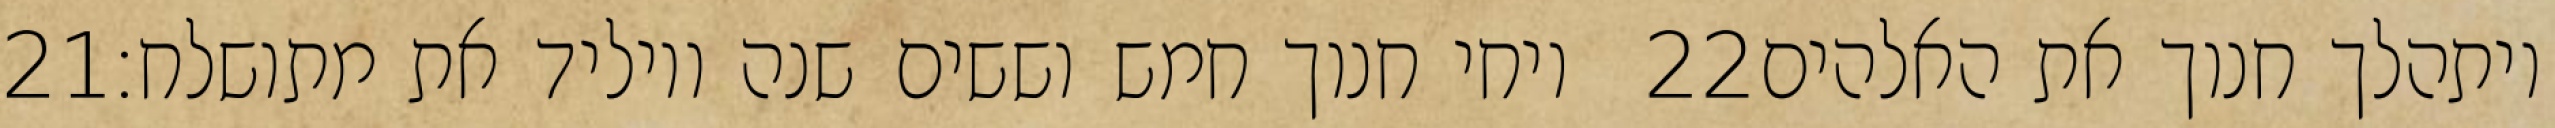
‎21‏ ויחי חנוך חמש וששים שנה ויוליד את מתושלח׃ ‎22‏ ויתהלך חנוך את האלהים